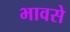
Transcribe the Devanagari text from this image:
भावसे